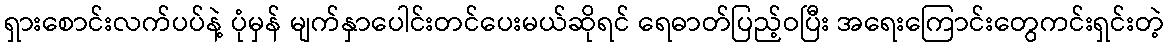
ရှားစောင်းလက်ပပ်နဲ့ ပုံမှန် မျက်နှာပေါင်းတင်ပေးမယ်ဆိုရင် ရေဓာတ်ပြည့်ဝပြီး အရေးကြောင်းတွေကင်းရှင်းတဲ့